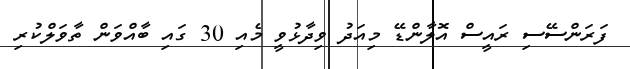
ފަރަންސޭސި ރައީސް އޮލާންޑޭ މިއަދު ވިދާޅުވީ މެއި 30 ގައި ބާއްވަން ތާވަލްކުރި